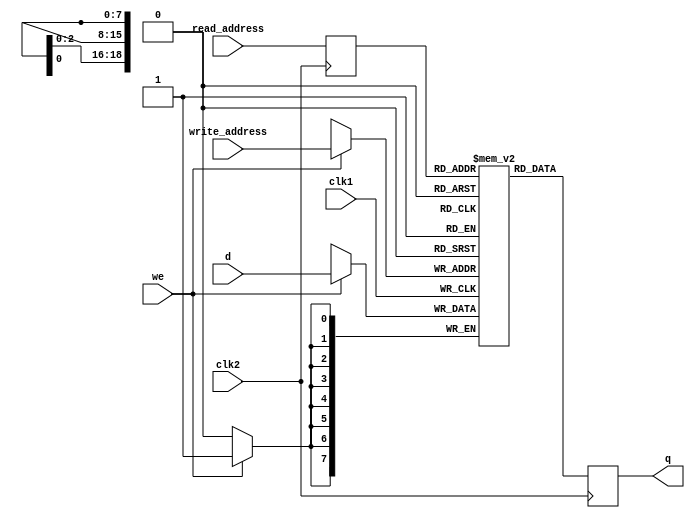
/* Adapted from Altera's Recommended HDL Coding Styles Example 12-16 */
module dual_clock_ram #(parameter W = 8, parameter SZ = 307200)(
	output	reg	[W-1:0]	q,
	input		[W-1:0]	d,
	input		[$clog2(SZ)-1:0] 	write_address, read_address,
	input 				we, clk1, clk2
);
	reg			[$clog2(SZ)-1:0]	read_address_reg;
	reg			[W-1:0]	mem [SZ-1:0];

	always @ (posedge clk1)
	begin
		if (we)
			mem[write_address] <= d;
 	end

	always @ (posedge clk2) begin
		q <= mem[read_address_reg];
		read_address_reg <= read_address;
	end

endmodule